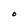
Character: O